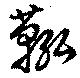
鞃